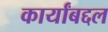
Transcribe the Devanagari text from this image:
कार्यांबद्दल